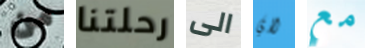
من رحلتنا الى لاي مع